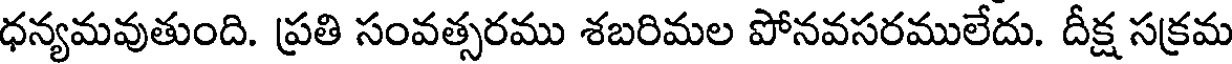
ధన్యమవుతుంది. ప్రతి సంవత్సరము శబరిమల పోనవసరములేదు. దీక్ష సక్రమ